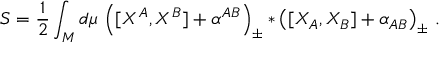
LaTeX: S = \frac 1 2 \int _ { M } d \mu \, \left( [ X ^ { A } , X ^ { B } ] + \alpha ^ { A B } \right) _ { \pm } \ast \left( [ X _ { A } , X _ { B } ] + \alpha _ { A B } \right) _ { \pm } \, .